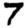
Digit: 7